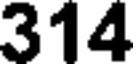
314